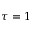
\tau = 1